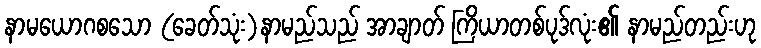
နာမယောဂစသော (ခေတ်သုံး)နာမည်သည် အာချာတ် ကြိယာတစ်ပုဒ်လုံး၏ နာမည်တည်းဟု